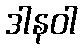
ဒါနဝါ